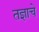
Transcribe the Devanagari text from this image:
तज्ञाचे